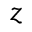
z